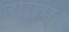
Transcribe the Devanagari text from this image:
व्ययम्।